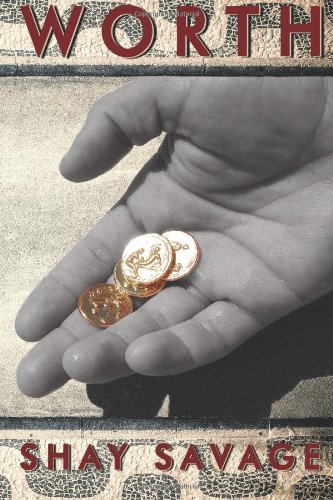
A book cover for Worth; Shay Savage; Romance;